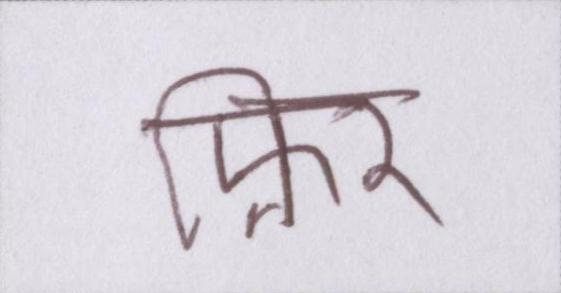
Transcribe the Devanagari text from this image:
फ़िर